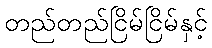
တည်တည်ငြိမ်ငြိမ်နှင့်